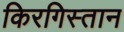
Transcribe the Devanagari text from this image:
किरगिस्तान